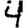
Digit: 4